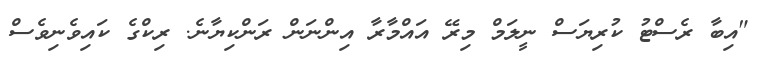
"އިބާ ރެސްޓު ކުރިޔަސް ނީލަމް މިރޭ އައްމާރާ އިންނަން ރަންކިޔާނެ. ރިކްގެ ކައިވެނިވެސް